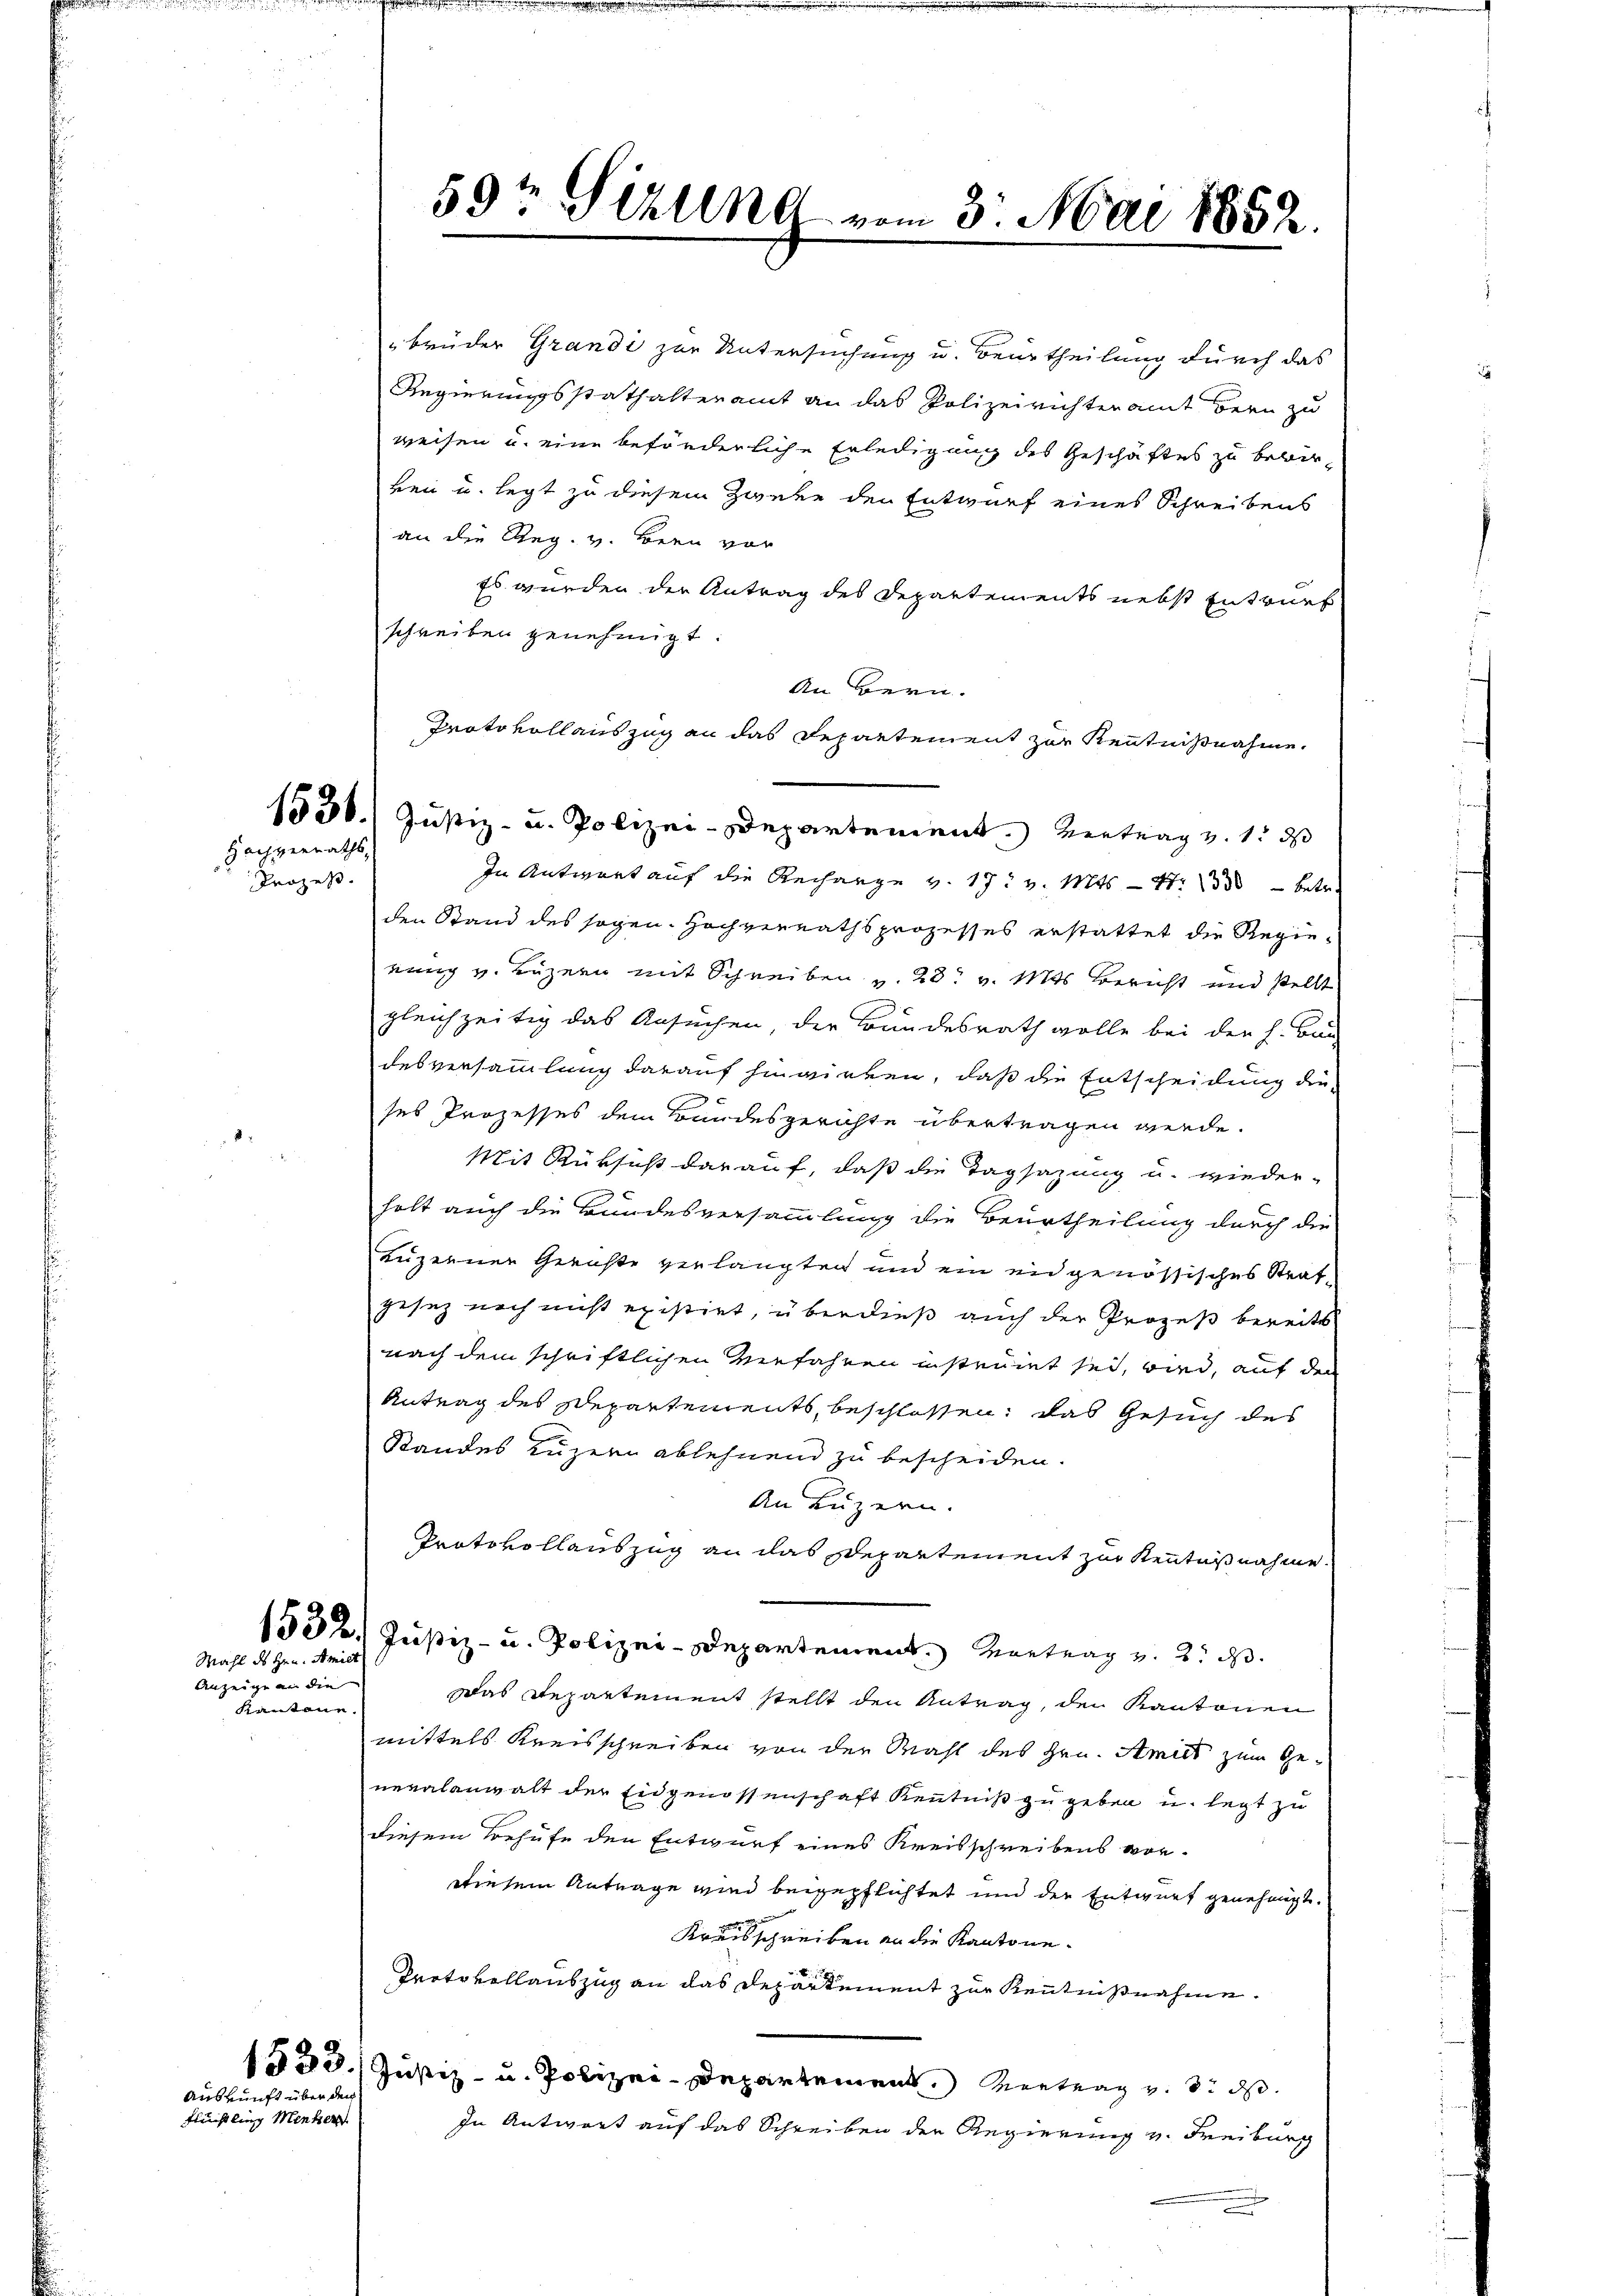
Hochverraths¬
Prozeß.

Mahl des Hrn. Amiet

Anzeige an die
Kantone

Auskunft über den
Flüchtling Menner

brüder Grandi zur Untersuchung u. Beurtheilung durch das
Regierungsstathalteramt an das Polizeirichteramt Bern zu
weisen u. eine beförderliche Erledigung des Geschäftes zu bewirven u. legt zu diesem Zweke den Entwurf eines Schreibens
an die Reg. v. Bern vor
Es wurden der Antrag des Departements nebst Entwurf
schreiben genehmigt.
An Bern.
Protokoll auszug an das Departement zur Kenntnißnahme.
1530. Justiz- u. Polizei-Departement. Vertrag v. 1. ds
In Antwort auf die Recharge v. 17. v. Mts. - 4. 133 betr.
den Stand des sogen. Hochverrathsprozesses erstattet die Regie-
nung v. Luzern mit Schreiben v. 28. v. Mts Bericht und stellt
gleichzeitig das Ansuchen, der Bundesrath wolle bei der h. Bau
desversammlung darauf hinwirken, daß die Entscheidung die
ses Prozesses dem Bundesgerichte übertragen werde.
Mit Rüksicht darauf, daß die Tagsazung u. wieder-
holt auch die Bundesversammlung die Beurtheilung durch die
Luzerner Gerichte verlangten und ein eidgenössisches Strafgesetz noch nicht existirt, überdieß auch der Prozeß bereits
nach dem schriftlichen Verfahren instruit sei, wird, auf den
Antrag des Departements, beschlossen, das Gesuch des
Standes Luzern ablehnend zu bescheiden.
An Luzern.
Protokollauszug an das Departement zur Kenntnißnahme
1532. Justiz- u. Polizei-Departement. Vortrag v. 2. d.
Das Departement stellt den Antrag, den Kantonen
mittels Kreisschreiben von der Wahl des Hrn. Amies zum Generalanwalt der Eidgenossenschaft Kenntniß zugeben u. legt zu
diesem Behufe den Entwurf eines Kreisschreibens vor¬
Diesem Antrage wird beigepflichtet und der Entwurf genehmigt.
Kreisschreiben an die Kantone.
Protokollauszug an das Departement zur Kenntnißnahme.
1580. Justiz- u. Polizei-Departement. Vertrag v. 3. d.
In Antwort auf das Schreiben der Regierung v. Freiburg

59t Sitzung

H

3. Mai 1852